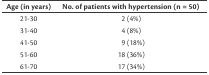
<table><thead><tr><td><b>Age (in years)</b></td><td><b>No. of patients with hypertension (n = 50)</b></td></tr></thead><tbody><tr><td>21-30</td><td>2 (4%)</td></tr><tr><td>31-40</td><td>4 (8%)</td></tr><tr><td>41-50</td><td>9 (18%)</td></tr><tr><td>51-60</td><td>18 (36%)</td></tr><tr><td>61-70</td><td>17 (34%)</td></tr></tbody></table>